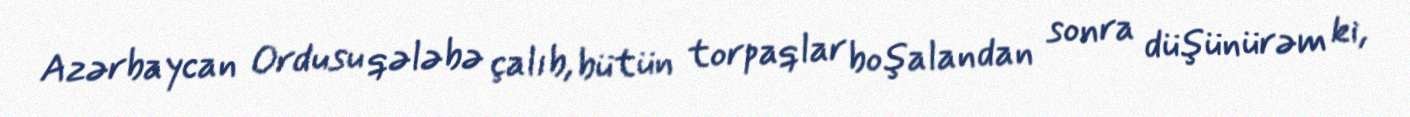
Azərbaycan Ordusu qələbə çalıb, bütün torpaqlar boşalandan sonra düşünürəm ki,